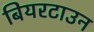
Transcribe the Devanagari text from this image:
बियरटाउन